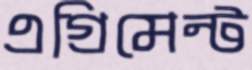
এগ্রিমেন্ট